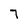
Character: 7